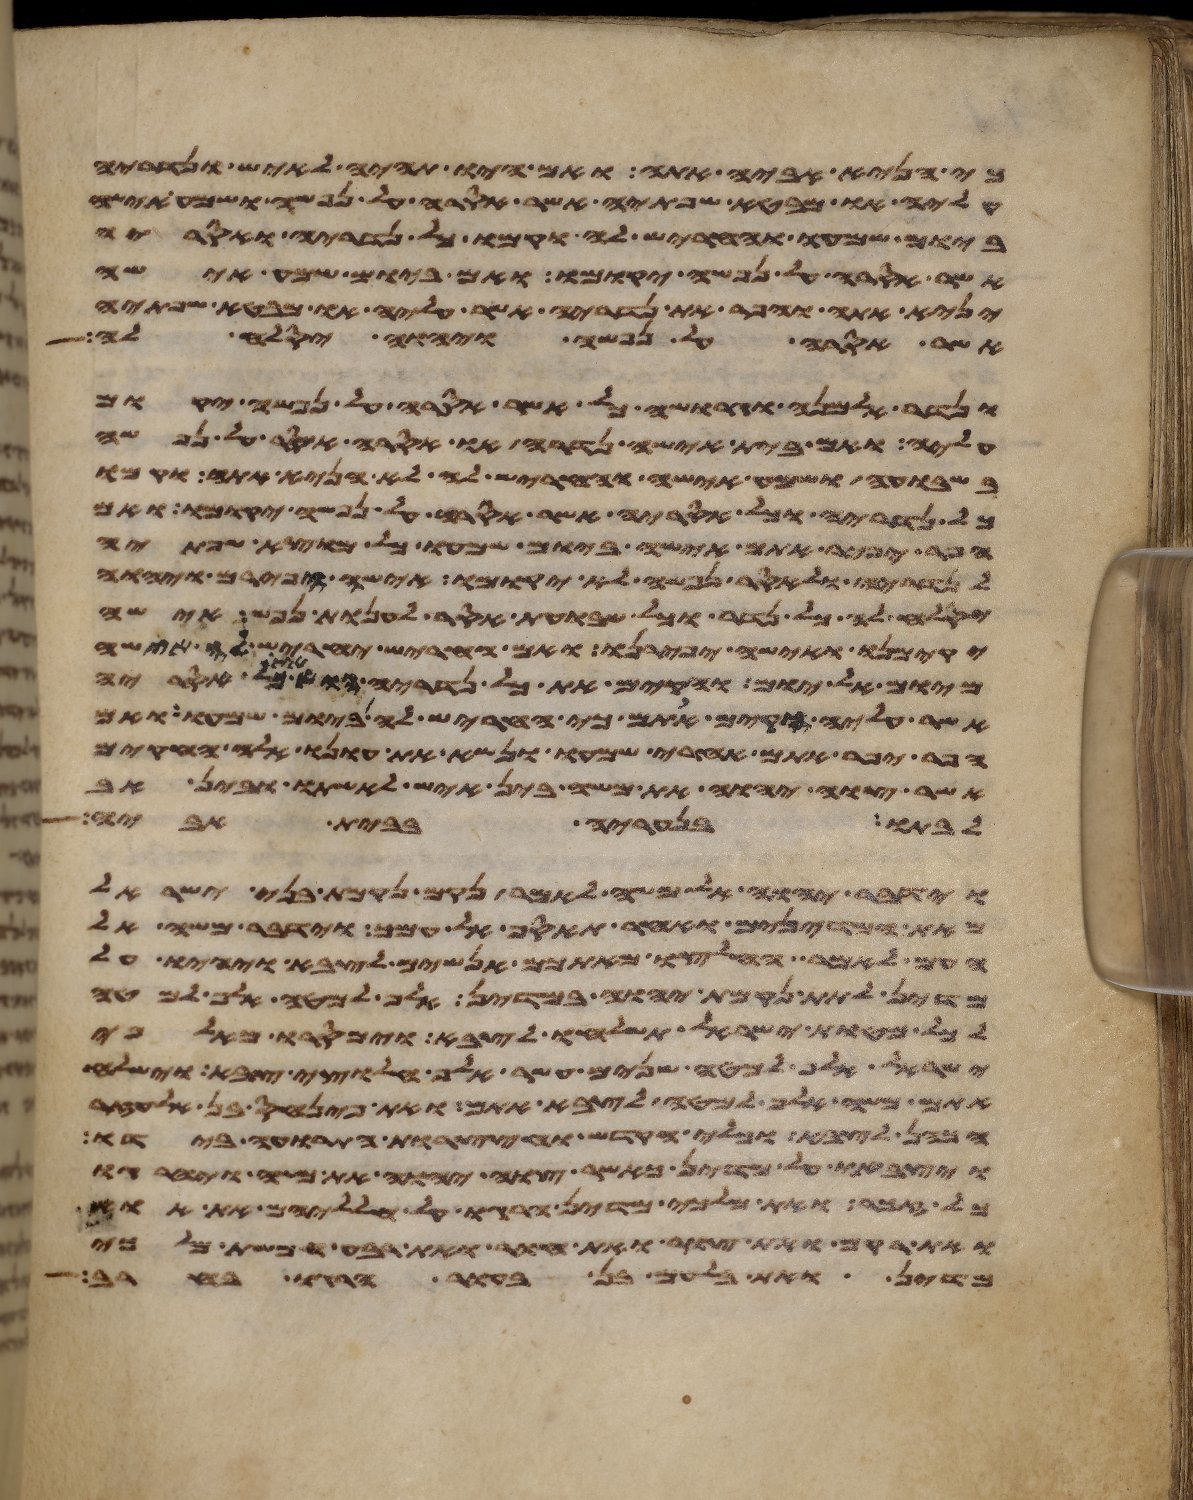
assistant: כי הניא אביה אתה ואם היו תהיה לאיש ונדריה
עליה או מבטא שפתיה אשר אסרה על נפשה ושמע אישה
ביום שמעו וחריש לה וקמו כל נדריה ואסריה
אשר אסרה על נפשה יקומו ואם ביום שמע אישה
יניא אתה והפר את נדריה אשר עליה או מבטא שפתיה
אשר אסרה על נפשה ויהוה יסלח לה
ונדר אלמנה וגרושה כל אשר אסרה על נפשה יקום
עליה ואם בית אישה נדרה או אסרה אסר על נפשה
בשבועה ושמע אישה וחריש לה לא הניא אתה וקמו
כל נדריה וכל אסריה אשר אסרה על נפשה יקומו ואם
הפר יפיר אתם אישה ביום שמעו כל מוצא שפתיה
לנדריה ולאסר נפשה לא יקומו אישה הפירם ויהוה
יסלח לה כל נדר וכל שבועת אסר לענות נפש אישה
יקימנו ואישה יפירנו ואם החריש יחריש לה אישה
מיום אל יום והקם את כל נדריה או את כל אסריה
אשר עליה הקים אתם כי חריש לה ביום שמעו ואם
הפר יפיר אתם אחרי שמעו ונשא את עונו אלה החקים
אשר צוה יהוה את משה בין איש לאשתו ובין אב
לבתו בנעריה בבית אביה
וידבר יהוה אל משה לאמר נקם נקמת בני ישראל
מאת המדינים ואחר תאסף אל עמך וידבר משה אל
העם לאמר החליצו מאתכם אנשים לצבא ויהיו על
מדין לתת נקמת יהוה במדין אלף למטה אלף למטה
לכל מטות ישראל תשלחו לצבא וימסרו מאלפי
ישראל אלף למטה שנים עשר אלף חלוצי צבא וישלח
אתם משה אלף למטה לצבא אתם ואת פינחס בן אלעזר
הכהן לצבא וכלי הקדש וחצצרות התרועה בידו
ויצבאו על מדין כאשר צוה יהוה את משה ויהרגו
כל זכר ואת מלכי מדין הרגו על חלליהם את אוי
ואת רקם ואת צור ואת חור ואת רבע חמשת מלכי
מדין ואת בלעם בן בעור הרגו בחרב